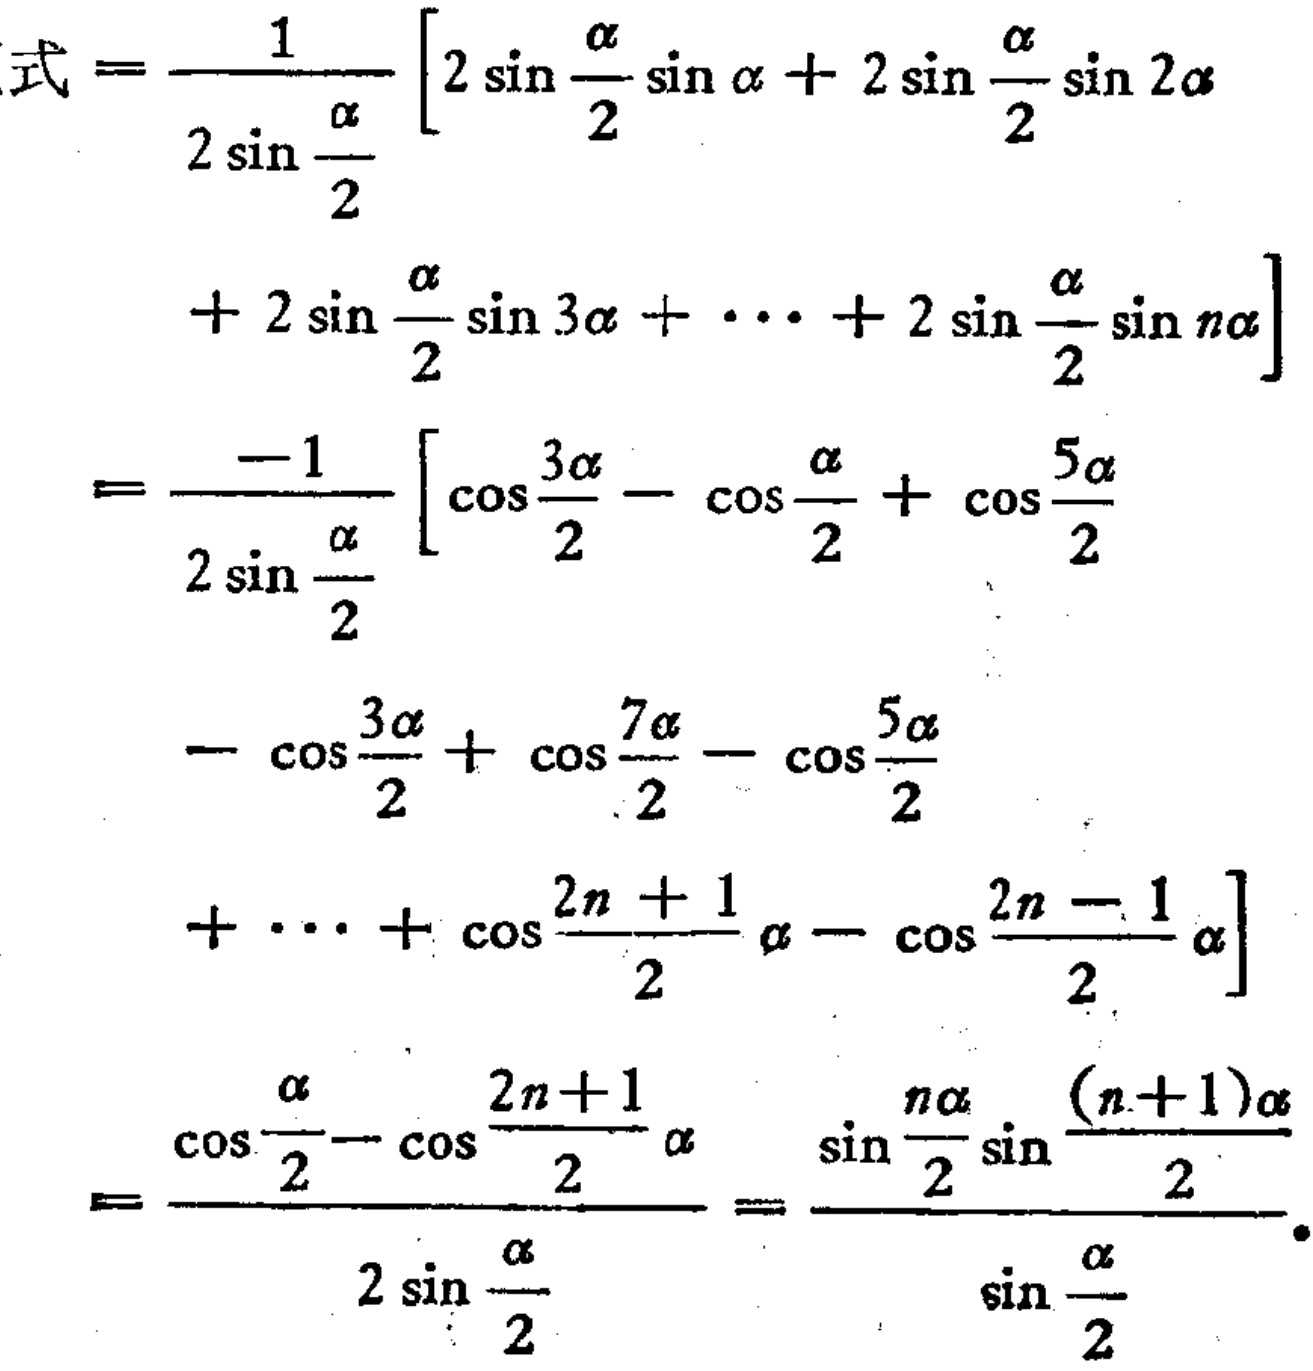
\[

\begin{align*}

\text{式}&=\frac{1}{2\sin\frac{\alpha}{2}}\left[2\sin\frac{\alpha}{2}\sin\alpha + 2\sin\frac{\alpha}{2}\sin2\alpha\right.\\

&\quad+ 2\sin\frac{\alpha}{2}\sin3\alpha+\cdots + 2\sin\frac{\alpha}{2}\sin n\alpha\left.\right]\\

&=\frac{-1}{2\sin\frac{\alpha}{2}}\left[\cos\frac{3\alpha}{2}-\cos\frac{\alpha}{2}+\cos\frac{5\alpha}{2}\right.\\

&\quad-\cos\frac{3\alpha}{2}+\cos\frac{7\alpha}{2}-\cos\frac{5\alpha}{2}\\

&\quad+\cdots+\cos\frac{2n + 1}{2}\alpha-\cos\frac{2n - 1}{2}\alpha\left.\right]\\

&=\frac{\cos\frac{\alpha}{2}-\cos\frac{2n + 1}{2}\alpha}{2\sin\frac{\alpha}{2}}=\frac{\sin\frac{n\alpha}{2}\sin\frac{(n + 1)\alpha}{2}}{\sin\frac{\alpha}{2}}

\end{align*}

\]